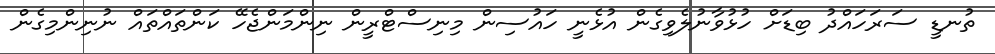
ތުނޑީ ސަރަހައްދު ބިޑަށް ހުޅުވާނުލެވިގެން އުޅެނީ ހައުސިން މިނިސްޓްރީން ނިންމަންޖެހޭ ކަންތައްތައް ނުނިންމިގެން